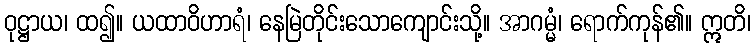
ဝုဋ္ဌာယ၊ ထ၍။ ယထာဝိဟာရံ၊ နေမြဲတိုင်းသောကျောင်းသို့။ အာဂမ္မံ၊ ရောက်ကုန်၏။ ဣတိ၊